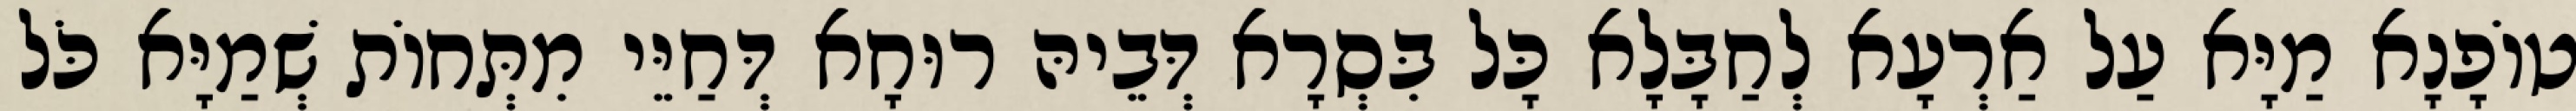
טוֹפָנָא מַיָּא עַל אַרְעָא לְחַבָּלָא כָּל בִּסְרָא דְּבֵיהּ רוּחָא דְּחַיֵּי מִתְּחוֹת שְׁמַיָּא כֹּל